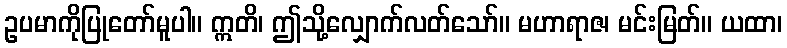
ဥပမာကိုပြုတော်မူပါ။ ဣတိ၊ ဤသို့လျှောက်လတ်သော်။ မဟာရာဇ၊ မင်းမြတ်။ ယထာ၊